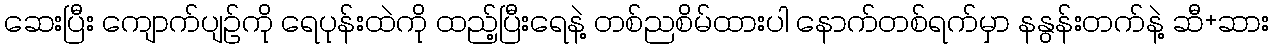
ဆေးပြီး ကျောက်ပျဉ်ကို ရေပုန်းထဲကို ထည့်ပြီးရေနဲ့ တစ်ညစိမ်ထားပါ နောက်တစ်ရက်မှာ နနွန်းတက်နဲ့ ဆီ+ဆား